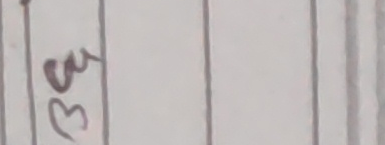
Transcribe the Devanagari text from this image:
३८प